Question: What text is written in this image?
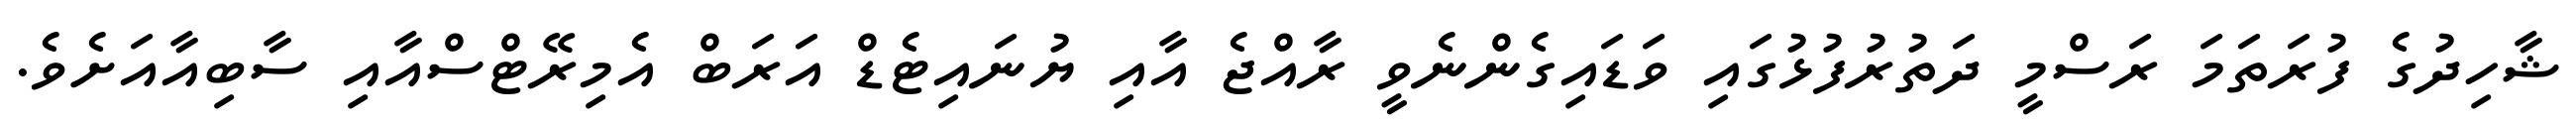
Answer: ޝާހިދުގެ ފުރަތަމަ ރަސްމީ ދަތުރުފުޅުގައި ވަޑައިގެންނެވީ ރާއްޖެ އާއި ޔުނައިޓެޑް އަރަބް އެމިރޭޓްސްއާއި ސާބިއާއަށެވެ.